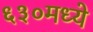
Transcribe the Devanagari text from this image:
६३०मध्ये